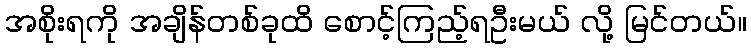
အစိုးရကို အချိန်တစ်ခုထိ စောင့်ကြည့်ရဦးမယ် လို့ မြင်တယ်။